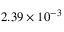
2 . 3 9 \times 1 0 ^ { - 3 }